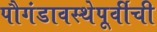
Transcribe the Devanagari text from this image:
पौगंडावस्थेपूर्वीची